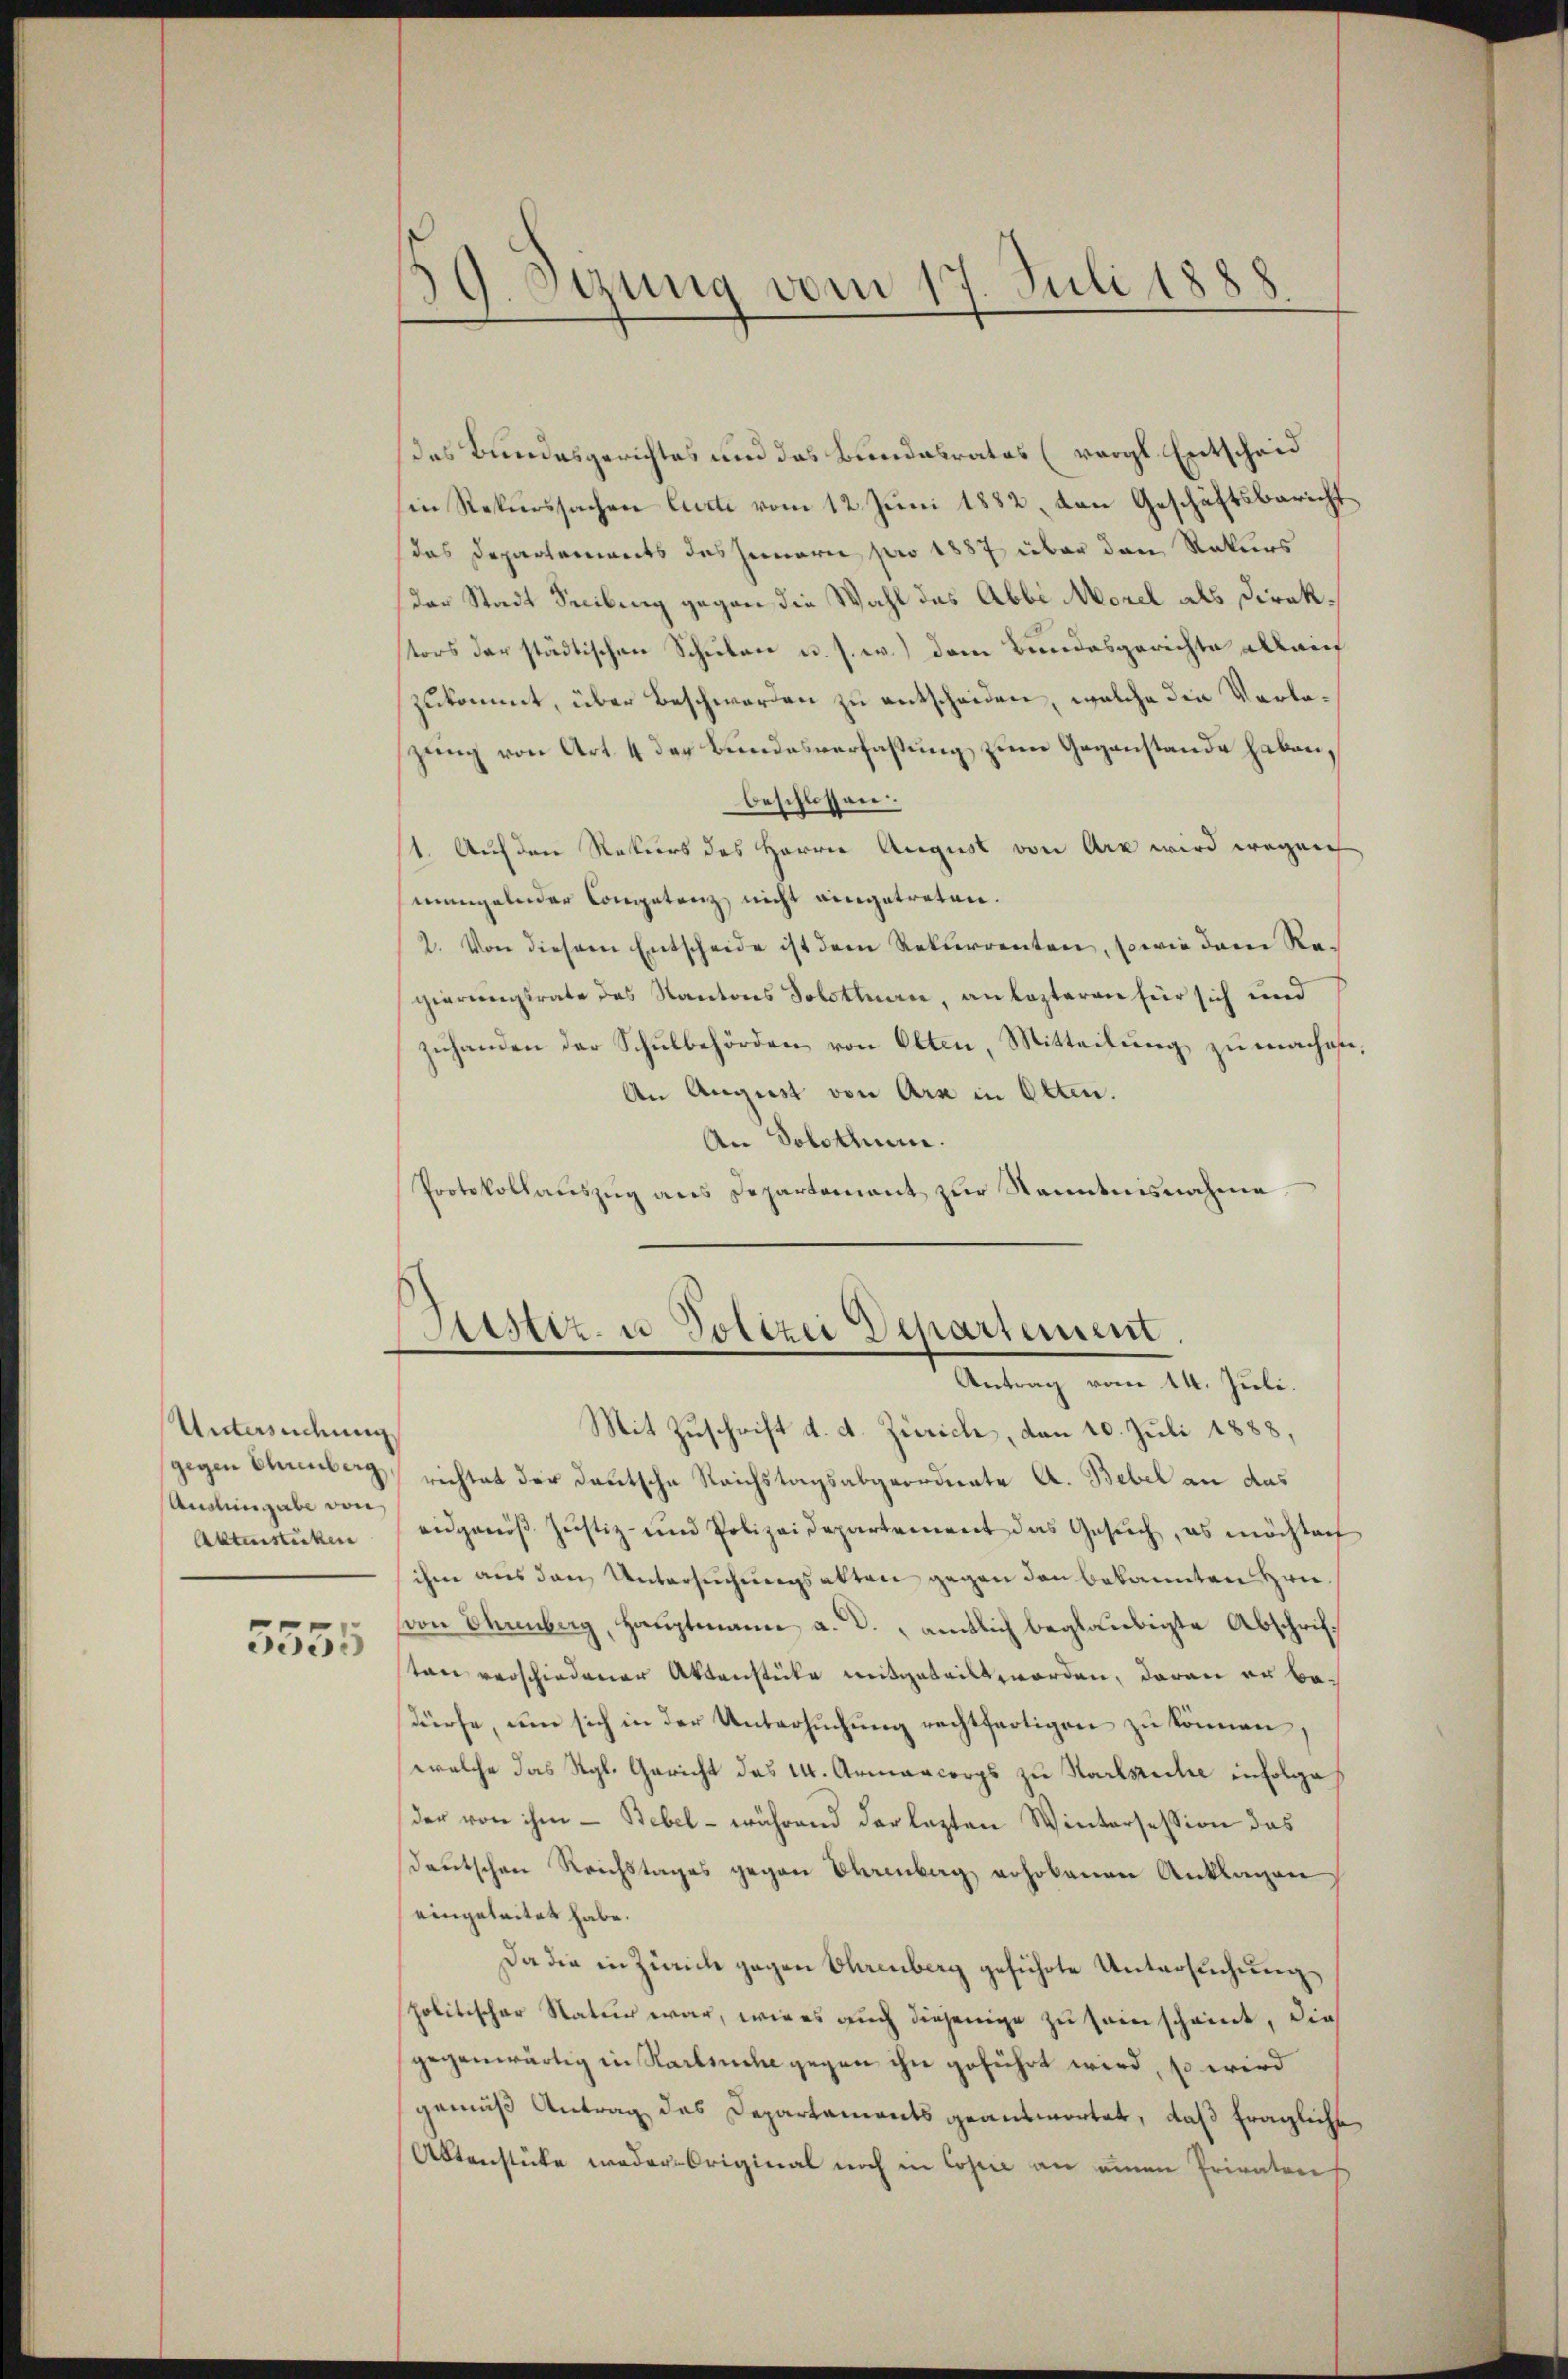
Untersuchung
Anoliengabe von
Aktenstücken

5555

39. Oczung vom 17. Juli 1888

das Bundesgerichtes und das Bundesrates (vergl. Entscheid
in Rekurssachen Curti vom 12. Juni 1882, den Geschäftsbericht
das Departements das Jennern pro 1887 über den Rekurs
der Stadt Seilung gegen die Wahl das Abbi Morel als Direkstors der städtischen Schulen u. s. w.) dem Bundesgerichte allauf
zukommt, über Beschwerden zu entscheiden, welche die Verlozung von Art. 4 der Bundesverfaßung zum Gegenstande haben,
beschlossen:
/1. Auf den Rekurs des Herrn August von Arx wird wegen
mangelnder Congetenz nicht eingetreten.
2. Von diesem Entscheide ist dem Rekurrenten, sowie dem Regierungsrate des Kantons Solothurn, an lezteren für sich und
zuhanden der Schulbehörden von Olten, Mitteilung zu machen,
An August von Arx in Olten.
An Solothurn.
Protokollauszug aus Departement zur Kenntnisnahme.

Mit Zuschrift d. d. Zürich, den 10. Juli 1888,
gegen Chimmling richtet der deutsche Reichstagsabgeordnete A. Bebel an das
eidgenöβ Jŭstiz- und Polizeidepartement das Gesŭch, es möchtach
ihm aus den Untersuchungsakten gegen den bekannten Hrn.
von Ehrenberg, Hauptmann a. d. amtlich beglaubigte Abschriftan verschiedener Aktenstücke mitgeteilt worden, daran er bedürfe, um sich in der Untersuchung rechtfertigen zu können,
welche das Rgl. Gericht das W. Armancorps zu Karlsreche infolge
der von ihm - Bebel - während der lezten Wintersession das
deutschen Reichstages gegen Chamberg erhobenen Anklagen
eingeleitet habe.
Da die in Zürich gegen Ehrenberg geführte Untersuchung
politischer Natur war, wie es auch diejenige zu seinscheint, die
gegenwärtig in Startinen gegen ihn geführt wird, so wird
gemäß Antrag des Departaments geantwortet, daß fragliche
Altenstücke weder Original noch in Copie an einen Privatores

Sistiz- u Polizei Departement.
Antrag vom 14. Juli.